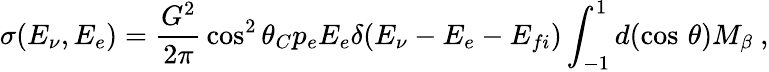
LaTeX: \sigma(E_{\nu},E_{e})={\frac{G^{2}}{2\pi}}\cos^{2}\theta_{C}p_{e}E_{e}\delta(E_{\nu}-E_{e}-E_{fi})\int_{-1}^{1}d(\cos\, \theta)M_{\beta}~,